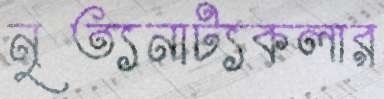
নৃত্যনাট্যকলার